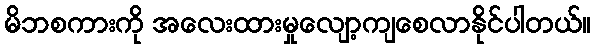
မိဘစကားကို အလေးထားမှုလျော့ကျစေလာနိုင်ပါတယ်။